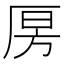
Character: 𰆝